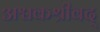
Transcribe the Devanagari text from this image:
अश्वकश्रीवद्‌